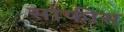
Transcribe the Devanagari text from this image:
सोफीस